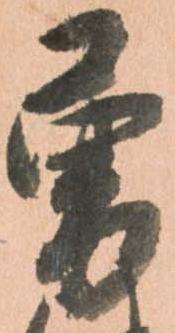
勇